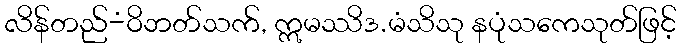
လိန်တည်-ံဝိဘတ်သက်, ဣမဿိဒ.မံသိသု နပုံသကေသုတ်ဖြင့်